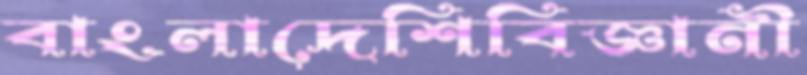
বাংলাদেশিবিজ্ঞানী